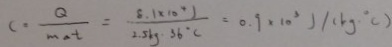
C = \frac { Q } { M \Delta t } = \frac { 8 . 1 \times 1 0 ^ { 4 } J } { 2 . 5 k g 3 6 ^ { \circ } C } = 0 . 9 \times 1 0 ^ { 3 } J / ( k g \cdot ^ { \circ } C )